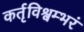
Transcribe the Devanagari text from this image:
कर्तृविश्वम्भरं